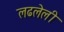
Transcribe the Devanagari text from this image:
लढलेली